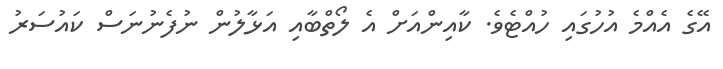
އޭގެ އެއްމެ އުހުގައި ހުއްޓެވެ. ކާއިންއަށް އެ ލޯތްބާއި އަޅާލުން ނުފެނުނަސް ކައުސަރު